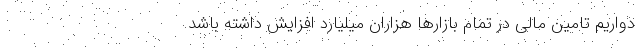
دواریم تامین مالی در تمام بازارها هزاران میلیارد افزایش داشته باشد.